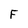
Character: F